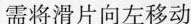
需将滑片向左移动